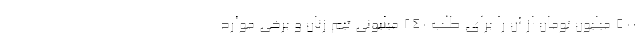
۵۰۰ میلیون تومان از آن را برای طلب ۲۴۰ میلیونی تیم زنان و برخی موارد